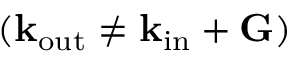
( \mathbf { k _ { \mathrm { o u t } } } \neq \mathbf { k _ { \mathrm { i n } } } + \mathbf { G } )